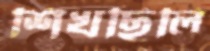
শিখছিলি